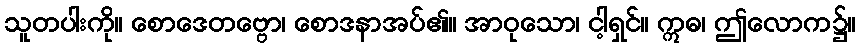
သူတပါးကို။ စောဒေတဗ္ဗော၊ စောဒနာအပ်၏။ အာဝုသော၊ ငါ့ရှင်။ ဣဓ၊ ဤလောက၌။